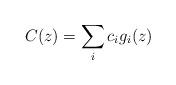
LaTeX: \begin{align*}C(z) = \sum_{i} c_{i} g_{i}(z)\end{align*}